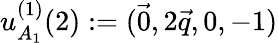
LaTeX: u_{A_{1}}^{(1)}(2):=(\vec{0},2\vec{q},0,-1)